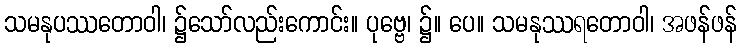
သမနုပဿတောဝါ၊ ၌သော်လည်းကောင်း။ ပုဗ္ဗေ၊ ၌။ ပေ။ သမနုဿရတောဝါ၊ အဖန်ဖန်